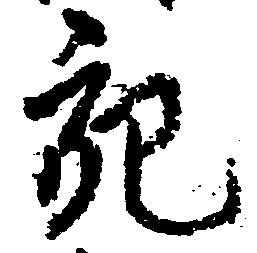
充